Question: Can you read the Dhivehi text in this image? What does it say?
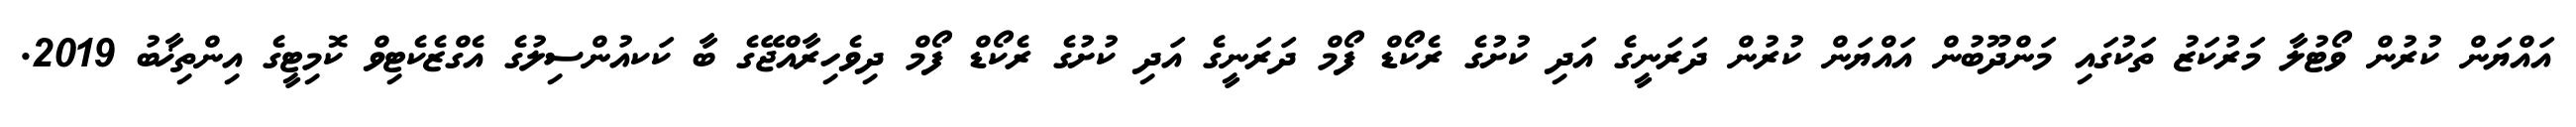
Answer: އައްޔަން ކުރުން ވޯޓުލާ މަރުކަޒު ތަކުގައި މަންދޫބުން އައްޔަން ކުރުން ދަރަނީގެ އަދި ކުށުގެ ރެކޯޑް ފޯމް ދަރަނީގެ އަދި ކުށުގެ ރެކޯޑް ފޯމް ދިވެހިރާއްޖޭގެ ބާ ކަކއުންސިލުގެ އެގްޒެކެޓިވް ކޮމިޓީގެ އިންތިޚާބު 2019.